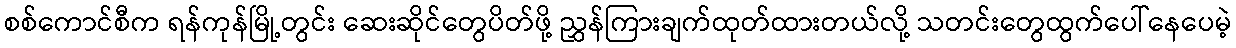
စစ်ကောင်စီက ရန်ကုန်မြို့တွင်း ဆေးဆိုင်တွေပိတ်ဖို့ ညွှန်ကြားချက်ထုတ်ထားတယ်လို့ သတင်းတွေထွက်ပေါ်နေပေမဲ့